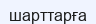
шарттарға